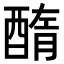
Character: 𨡽